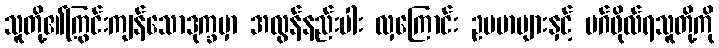
သူတို့၏ကြွင်းကျန်သောဒုက္ခမှာ အလွန်နည်းပါး လှကြောင်း ဥပမာများနှင့် မဂ်ဖိုလ်ရသူတို့ကို